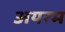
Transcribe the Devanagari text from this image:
अयरम